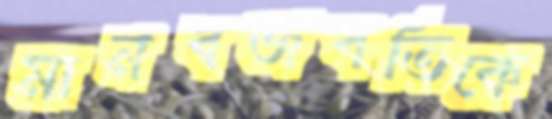
মানবজবতিকে